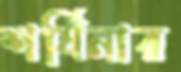
শর্ষিনার